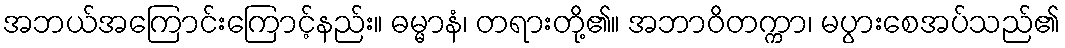
အဘယ်အကြောင်းကြောင့်နည်း။ ဓမ္မာနံ၊ တရားတို့၏။ အဘာဝိတက္ကာ၊ မပွားစေအပ်သည်၏